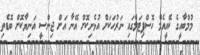
މުމްބާއީގެ ކޭއީއެމް ހޮސްޕިޓަލްގައި ނަރުހަކަށް އުޅެނިކޮށް އޭނާ އަށް ޖިންސީ އަނިޔާކޮށް ބޮޑެތި